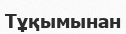
Тұқымынан